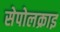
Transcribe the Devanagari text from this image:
सेपोलक्राइ